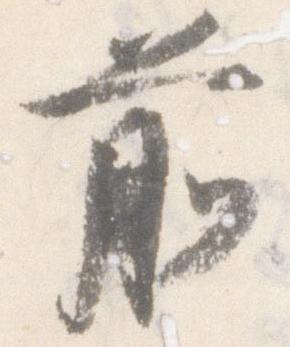
前